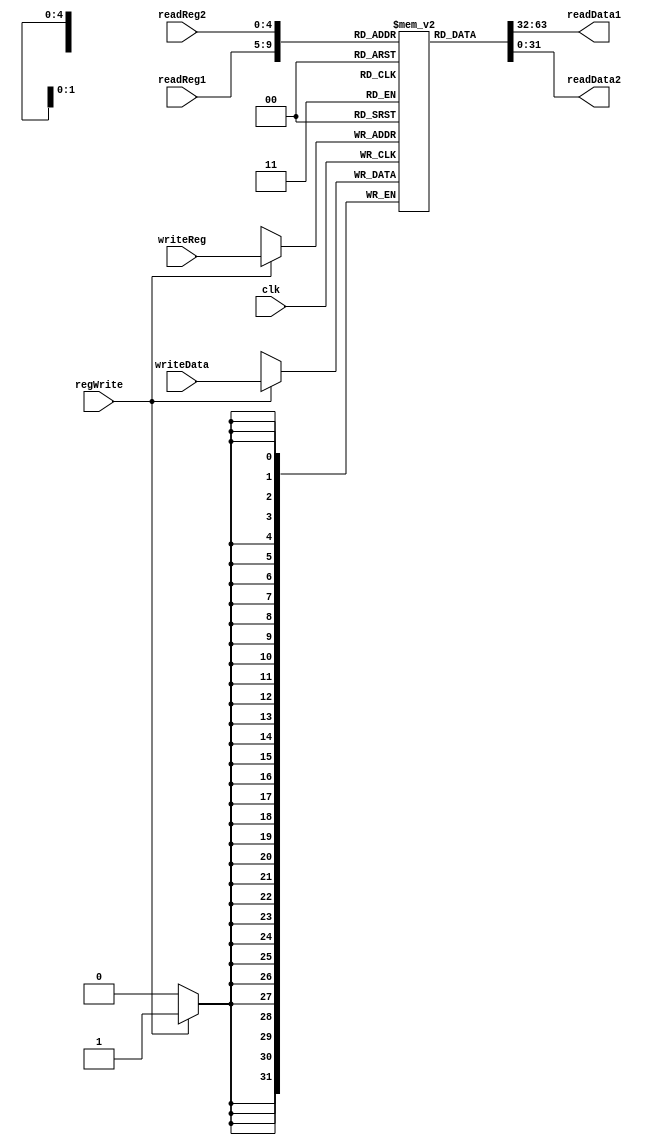
module reg_file(input regWrite, 
				input clk,
				input [4:0] readReg1, 
				input [4:0] readReg2, 
				input [4:0] writeReg,
				input [31:0] writeData,
				output reg [31:0] readData1, 
				output reg [31:0] readData2
);

reg [31:0] regFile [31:0];
integer i;

initial begin
	for(i=0; i<32; i=i+1)
		regFile[i] = '0;
end

always@(readReg1 or readReg2 or regFile)
begin
	 readData1 <= regFile[readReg1];
	 readData2 <= regFile[readReg2];
end

always@(posedge clk) 
begin
	if(regWrite)
		regFile[writeReg] <= writeData;
end

endmodule